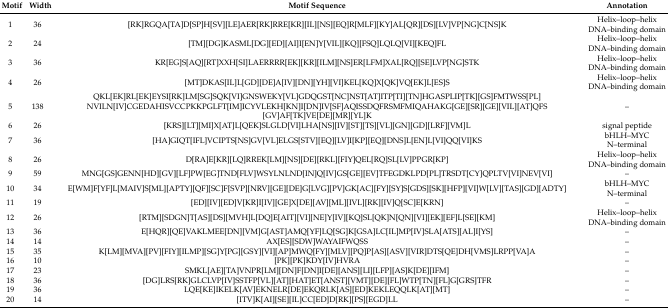
<table><thead><tr><td><b>Motif</b></td><td><b>Width</b></td><td><b>Motif Sequence</b></td><td><b>Annotation</b></td></tr></thead><tbody><tr><td>1</td><td>36</td><td>[RK]RGQA[TA]D[SP]H[SV][LE]AER[RK]RRE[KR][IL][NS][EQ]R[MLF][KY]AL[QR][DS][LV]VP[NG]C[NS]K</td><td>Helix–loop–helix DNA–binding domain</td></tr><tr><td>2</td><td>24</td><td>[TM][DG]KASML[DG][ED][AI]I[EN]Y[VIL][KQ][FSQ]LQLQ[VI][KEQ]FL</td><td>Helix–loop–helix DNA–binding domain</td></tr><tr><td>3</td><td>36</td><td>KR[EG]S[AQ][RT]XXH[SI]LAERRRR[EK][KR][ILM][NS]ER[LFM]XAL[RQ][SE]LVP[NG]STK</td><td>Helix–loop–helix DNA–binding domain</td></tr><tr><td>4</td><td>26</td><td>[MT]DKAS[IL]L[GD][DE]A[IV][DN][YH][VI]KEL[KQ]X[QK]VQ[EK]L[ES]S</td><td>Helix–loop–helix DNA–binding domain</td></tr><tr><td>5</td><td>138</td><td>QKL[EK]RL[EK]EYSI[RK]LM[SG]SQK[VI]GNSWEKY[VL]GDQGST[NC]NST[AT]ITP[TI][TN]HGASPLIP[TK][GS]FMTWSS[PL]NVILN[IV]CGEDAHISVCCPKKPGLFT[IM]ICYVLEKH[KN]I[DN]IV[SF]AQISSDQFRSMFMIQAHAKG[GE][SR][GE][VIL][AT]QFS[GV]AF[TK]VE[DE][MR][YL]K</td><td>–</td></tr><tr><td>6</td><td>26</td><td>[KRS][LT][MI]X[AT]L[QEK]SLGLD[VI]LHA[NS][IV][ST][TS][VL][GN][GD][LRF][VM]L</td><td>signal peptide</td></tr><tr><td>7</td><td>36</td><td>[HA]GIQT[IFL]VCIPTS[NS]GV[VL]ELGS[STV][EQ][LV]I[KP][EQ][DNS]L[EN]L[VI]QQ[VI]KS</td><td>bHLH–MYC N–terminal</td></tr><tr><td>8</td><td>26</td><td>D[RA]E[KR][LQ]RREK[LM][NS][DE][RKL][FIY]QEL[RQ]SL[LV]PPGR[KP]</td><td>Helix–loop–helix DNA–binding domain</td></tr><tr><td>9</td><td>59</td><td>MNG[GS]GENN[HD][GV][LF]PW[EG]TND[FLV]WSYLNLND[IN]Q[IV]GS[GE][EV]TFEGDKLPD[PL]TRSDT[CY]QPLTV[VI]NEV[VI]</td><td>–</td></tr><tr><td>10</td><td>34</td><td>E[WM]F[YF]L[MAIV]S[ML][APTY][QF][SC]F[SVP][NRV][GE][DE]G[LVG][PV]GK[AC][FY][SY]S[GDS][SK][HFP][VI]W[LV][TAS][GD][ADTY]</td><td>bHLH–MYC N–terminal</td></tr><tr><td>11</td><td>19</td><td>[ED][IV][ED]V[KR]I[IV][GE]X[DE][AV][ML][IVL][RK][IV]Q[SC]E[KRN]</td><td>–</td></tr><tr><td>12</td><td>26</td><td>[RTM][SDGN]T[AS][DS][MVH]L[DQ]E[AIT][VI][NE]Y[IV][KQ]SL[QK]N[QN][VI][EK][EF]L[SE][KM]</td><td>Helix–loop–helix DNA–binding domain</td></tr><tr><td>13</td><td>36</td><td>E[HQR][QE]VAKLMEE[DN][VM]G[AST]AMQ[YF]LQ[SG]K[GSA]LC[IL]MP[IV]SLA[ATS][AL]I[YS]</td><td>–</td></tr><tr><td>14</td><td>14</td><td>AX[ES][SDW]WAYAIFWQSS</td><td>–</td></tr><tr><td>15</td><td>35</td><td>K[LM][MVA][PV][FIY][ILMP][SG]Y[PG][GSY][VI][AP]MWQ[FY][MLV][PQ]P[AS][ASV][VIR]DTS[QE]DH[VMS]LRPP[VA]A</td><td>–</td></tr><tr><td>16</td><td>10</td><td>[PK][PK]KDY[IV]HVRA</td><td>–</td></tr><tr><td>17</td><td>23</td><td>SMKL[AE][TA]VNPR[LM][DN]F[DN]I[DE][ANS][LI][LFP][AS]K[DE][IFM]</td><td>–</td></tr><tr><td>18</td><td>36</td><td>[DG]LRS[RK]GLCLVP[IV]SSTFP[VL][AT][HAT]ET[ANST][VMT][DE][FL]WTP[TN][FL]G[GRS]TFR</td><td>–</td></tr><tr><td>19</td><td>36</td><td>LQE[KE]IKELK[AV]EKNELR[DE]EKQRLK[AS][ED]KEKLEQQLK[AT][MT]</td><td>–</td></tr><tr><td>20</td><td>14</td><td>[ITV]K[AI][SE][IL]CC[ED]D[RK][PS][EGD]LL</td><td>–</td></tr></tbody></table>